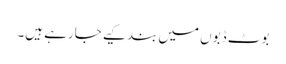
بوٹ ڈبوں میں بند کیے جارہے ہیں۔